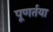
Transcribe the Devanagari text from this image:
पूणर्तया